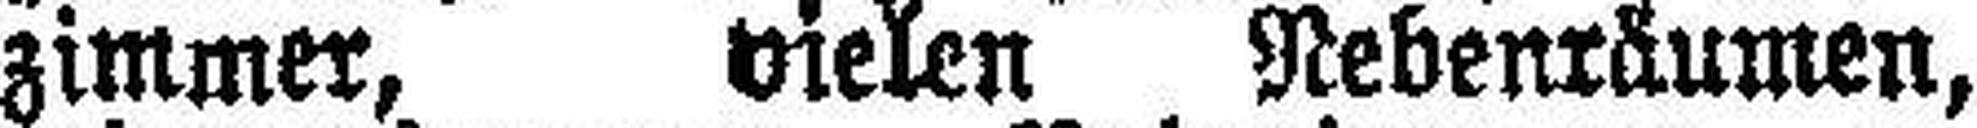
zimmer, vielen Nebenräumen,